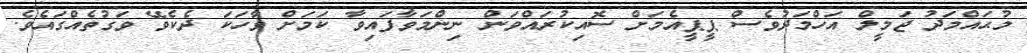
މުޙައްމަދު ޖަމީލް އަހްމަދުވެސް ޕީޕީއެމަށް ސޮއިކުރައްވަން ނިންމަވާފައިވާ ކަމަށް ވާހަކަ ދެކެވޭ ވަގުތެއްގައެވެ.